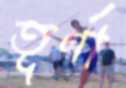
তূর্ণা